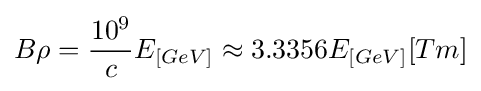
B\rho ={\frac {10^{9}}{c}}E_{[GeV]}\approx 3.3356E_{[GeV]}[Tm]